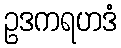
ဥဒကရဟဒံ